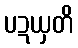
ပဍယှတိ